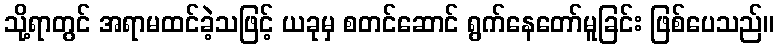
သို့ရာတွင် အရာမထင်ခဲ့သဖြင့် ယခုမှ စတင်ဆောင် ရွက်နေတော်မူခြင်း ဖြစ်ပေသည်။